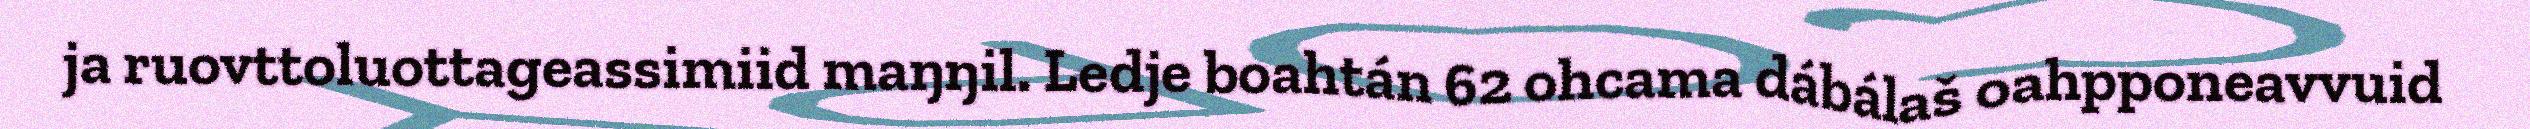
ja ruovttoluottageassimiid maŋŋil. Ledje boahtán 62 ohcama dábálaš oahpponeavvuid